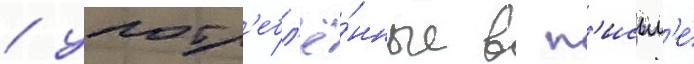
/ употр'ебл'ё́нные в п'исьм'е́